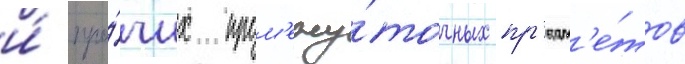
и́ про́чих пром'ежу́точных пр'едм'е́тов